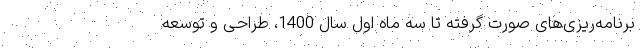
برنامه‌ریزی‌های صورت گرفته تا سه ماه اول سال 1400، طراحی و توسعه